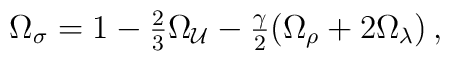
\Omega_\sigma = 1-\textstyle{2\over3}\Omega_{\cal U}-\textstyle{\gamma\over2}(\Omega_\rho+2\Omega_\lambda) \,,